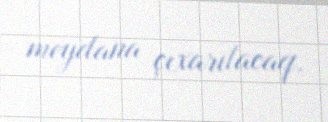
meydana çıxarılacaq.